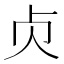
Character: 𠧖